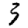
Digit: 3